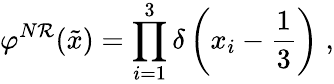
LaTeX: \varphi^{N\mathcal{R}}(\tilde{{x}})=\prod_{i=1}^{3}\delta\left(x_{i}-\frac{{1}}{{3}}\right)\; ,